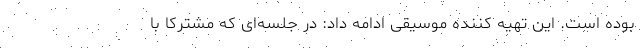
بوده است. این تهیه کننده موسیقی ادامه داد: در جلسه‌ای که مشترکا با